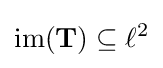
\operatorname {im} (\mathbf {T} )\subseteq \ell ^{2}